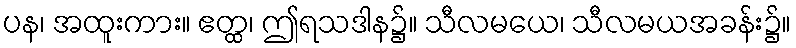
ပန၊ အထူးကား။ ဧတ္ထ၊ ဤရသဒါန၌။ သီလမယေ၊ သီလမယအခန်း၌။